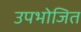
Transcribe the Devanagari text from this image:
उपभोजित